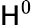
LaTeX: \mathsf{H}^{0}